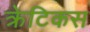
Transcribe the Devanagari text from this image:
क्रेटिकस